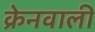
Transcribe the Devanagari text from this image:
क्रेनवाली